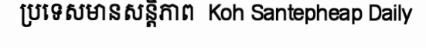
ប្រទេសមានសន្តិភាព  Koh Santepheap Daily